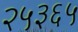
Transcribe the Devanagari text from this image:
२५३६५